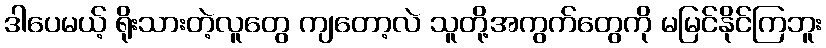
ဒါပေမယ့် ရိုးသားတဲ့လူတွေ ကျတော့လဲ သူတို့အကွက်တွေကို မမြင်နိုင်ကြဘူး